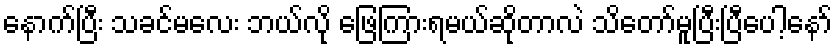
နောက်ပြီး သခင်မလေး ဘယ်လို ဖြေကြားရမယ်ဆိုတာလဲ သိတော်မူပြီးပြီပေါ့နော်